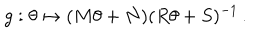
LaTeX: g : \theta \mapsto ( M \theta + N ) ( R \theta + S ) ^ { - 1 } \, .